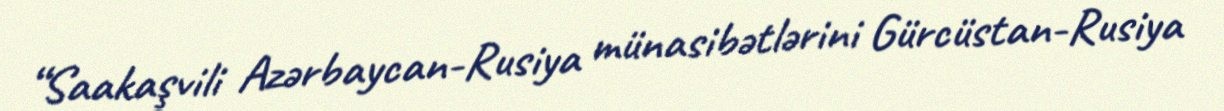
“Saakaşvili Azərbaycan-Rusiya münasibətlərini Gürcüstan-Rusiya